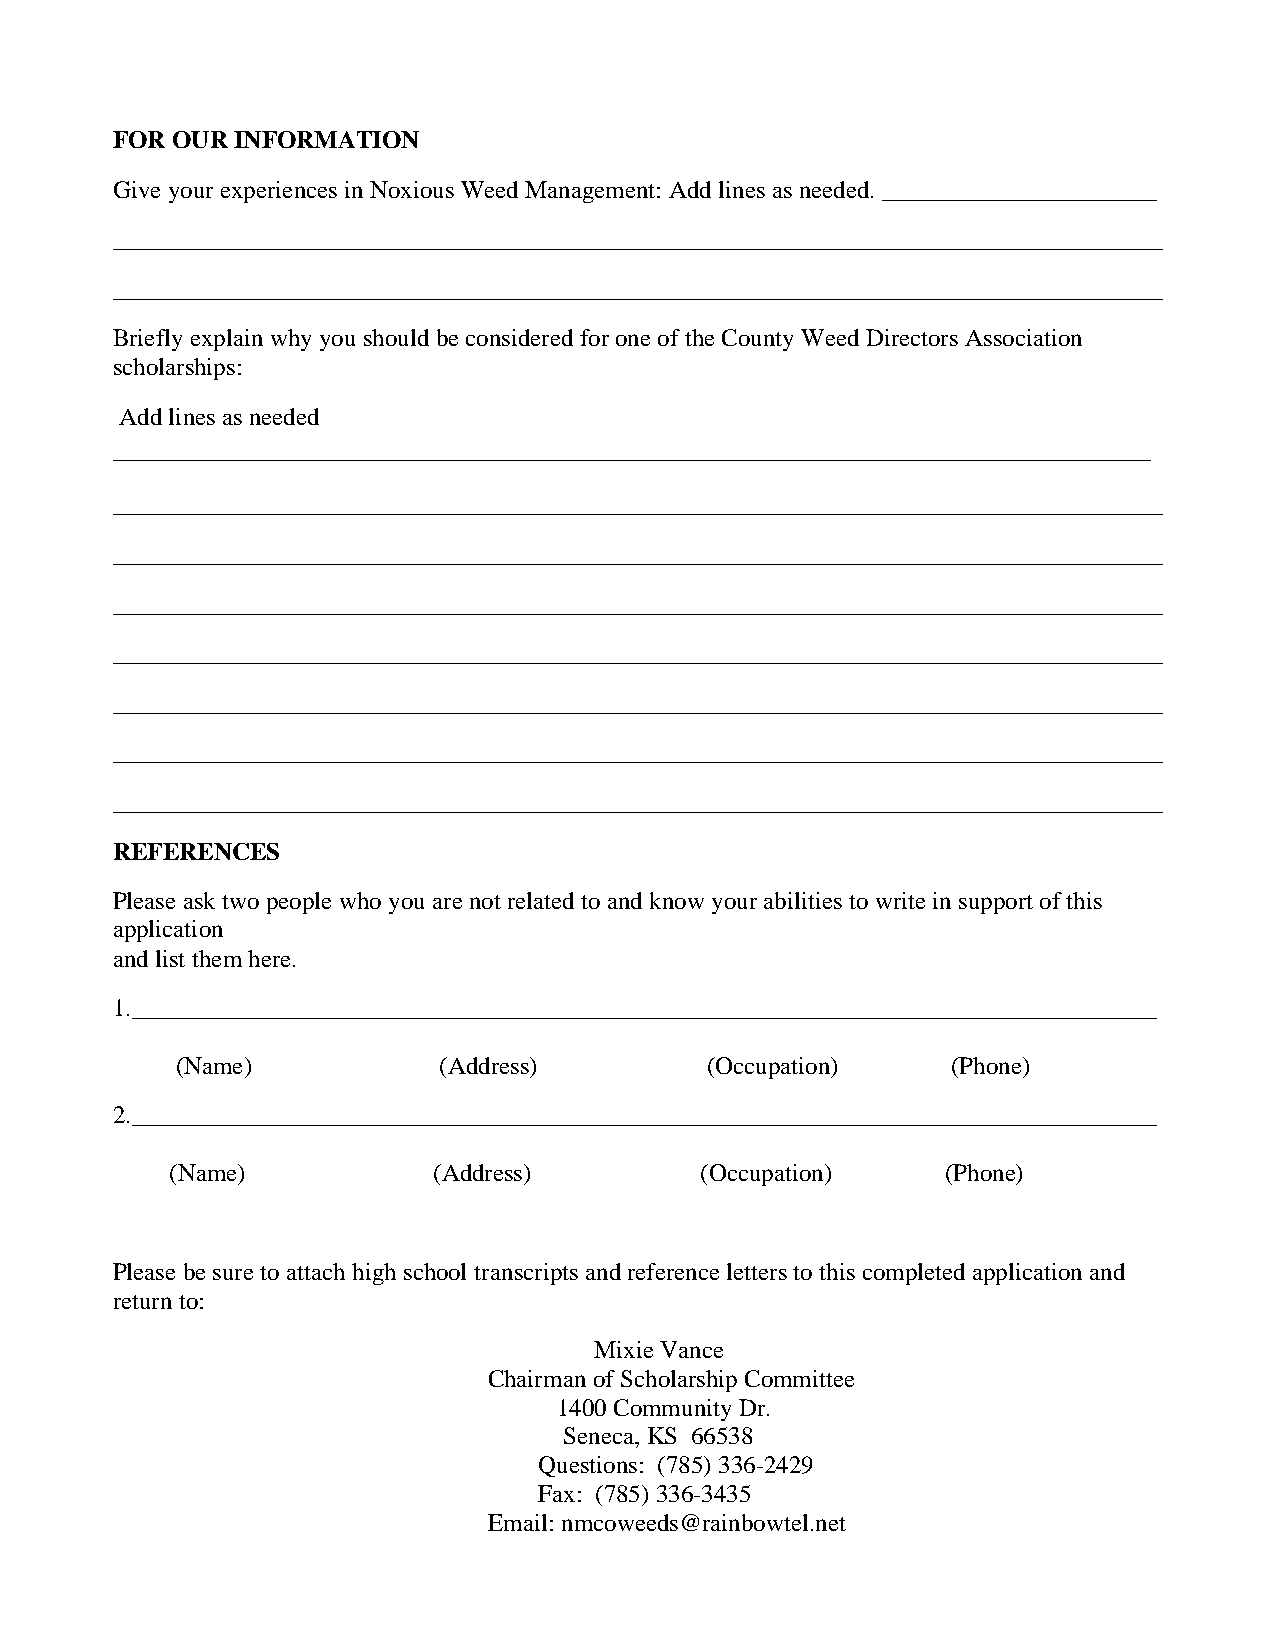
FOR OUR INFORMATION
 Give your experiences in Noxious Weed Management: Add lines as needed. ______________________
 ____________________________________________________________________________________
 ____________________________________________________________________________________
 Briefly explain why you should be considered for one of the County Weed Directors Association
 scholarships:
 Add lines as needed
 ___________________________________________________________________________________
 ____________________________________________________________________________________
 ____________________________________________________________________________________
 ____________________________________________________________________________________
 ____________________________________________________________________________________
 ____________________________________________________________________________________
 ____________________________________________________________________________________
 ____________________________________________________________________________________
 REFERENCES
 Please ask two people who you are not related to and know your abilities to write in support of this
 application
 and list them here.
 1.__________________________________________________________________________________
 (Name)           (Address)         (Occupation)    (Phone)
 2.__________________________________________________________________________________
 (Name)            (Address)        (Occupation)     (Phone)
 Please be sure to attach high school transcripts and reference letters to this completed application and
 return to:
 Mixie Vance
 Chairman of Scholarship Committee
 1400 Community Dr.
 Seneca, KS 66538
 Questions: (785) 336-2429
 Fax: (785) 336-3435
 Email: nmcoweeds@rainbowtel.net